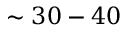
\sim 3 0 - 4 0